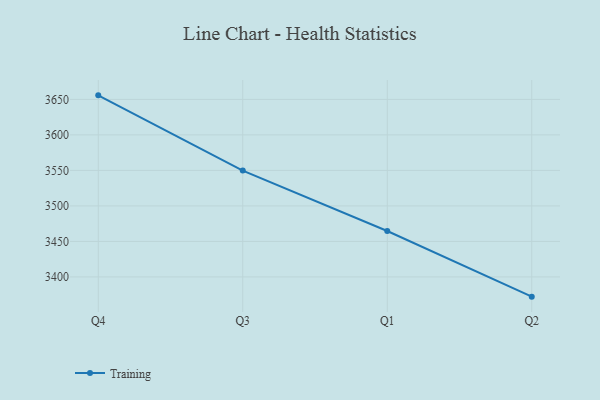
{"axis": {"x": "Quarter", "y": "Inventory Turnover"}, "legend": ["Training"], "data": [{"x": "Q4", "y": 3655.7, "type": "Training"}, {"x": "Q3", "y": 3549.7, "type": "Training"}, {"x": "Q1", "y": 3464.7, "type": "Training"}, {"x": "Q2", "y": 3372.2, "type": "Training"}]}